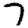
Digit: 7